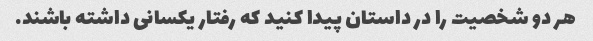
هر دو شخصیت را در داستان پیدا کنید که رفتار یکسانی داشته باشند.